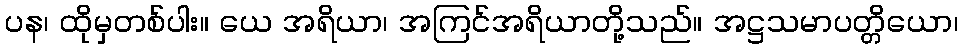
ပန၊ ထိုမှတစ်ပါး။ ယေ အရိယာ၊ အကြင်အရိယာတို့သည်။ အဋ္ဌသမာပတ္တိယော၊